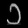
Digit: ၁